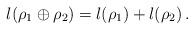
LaTeX: \begin{align*} l(\rho_1 \oplus \rho_2) = l(\rho_1) + l(\rho_2) \, .\end{align*}